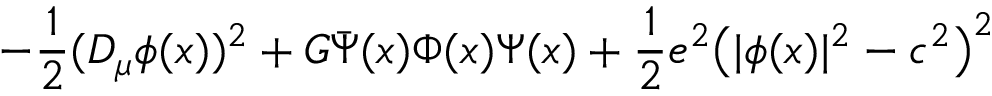
- { \frac { 1 } { 2 } } ( D _ { \mu } \phi ( x ) ) ^ { 2 } + G \bar { \Psi } ( x ) \Phi ( x ) \Psi ( x ) + { \frac { 1 } { 2 } } e ^ { 2 } \bigl ( \vert \phi ( x ) \vert ^ { 2 } - c ^ { 2 } \bigr ) ^ { 2 }